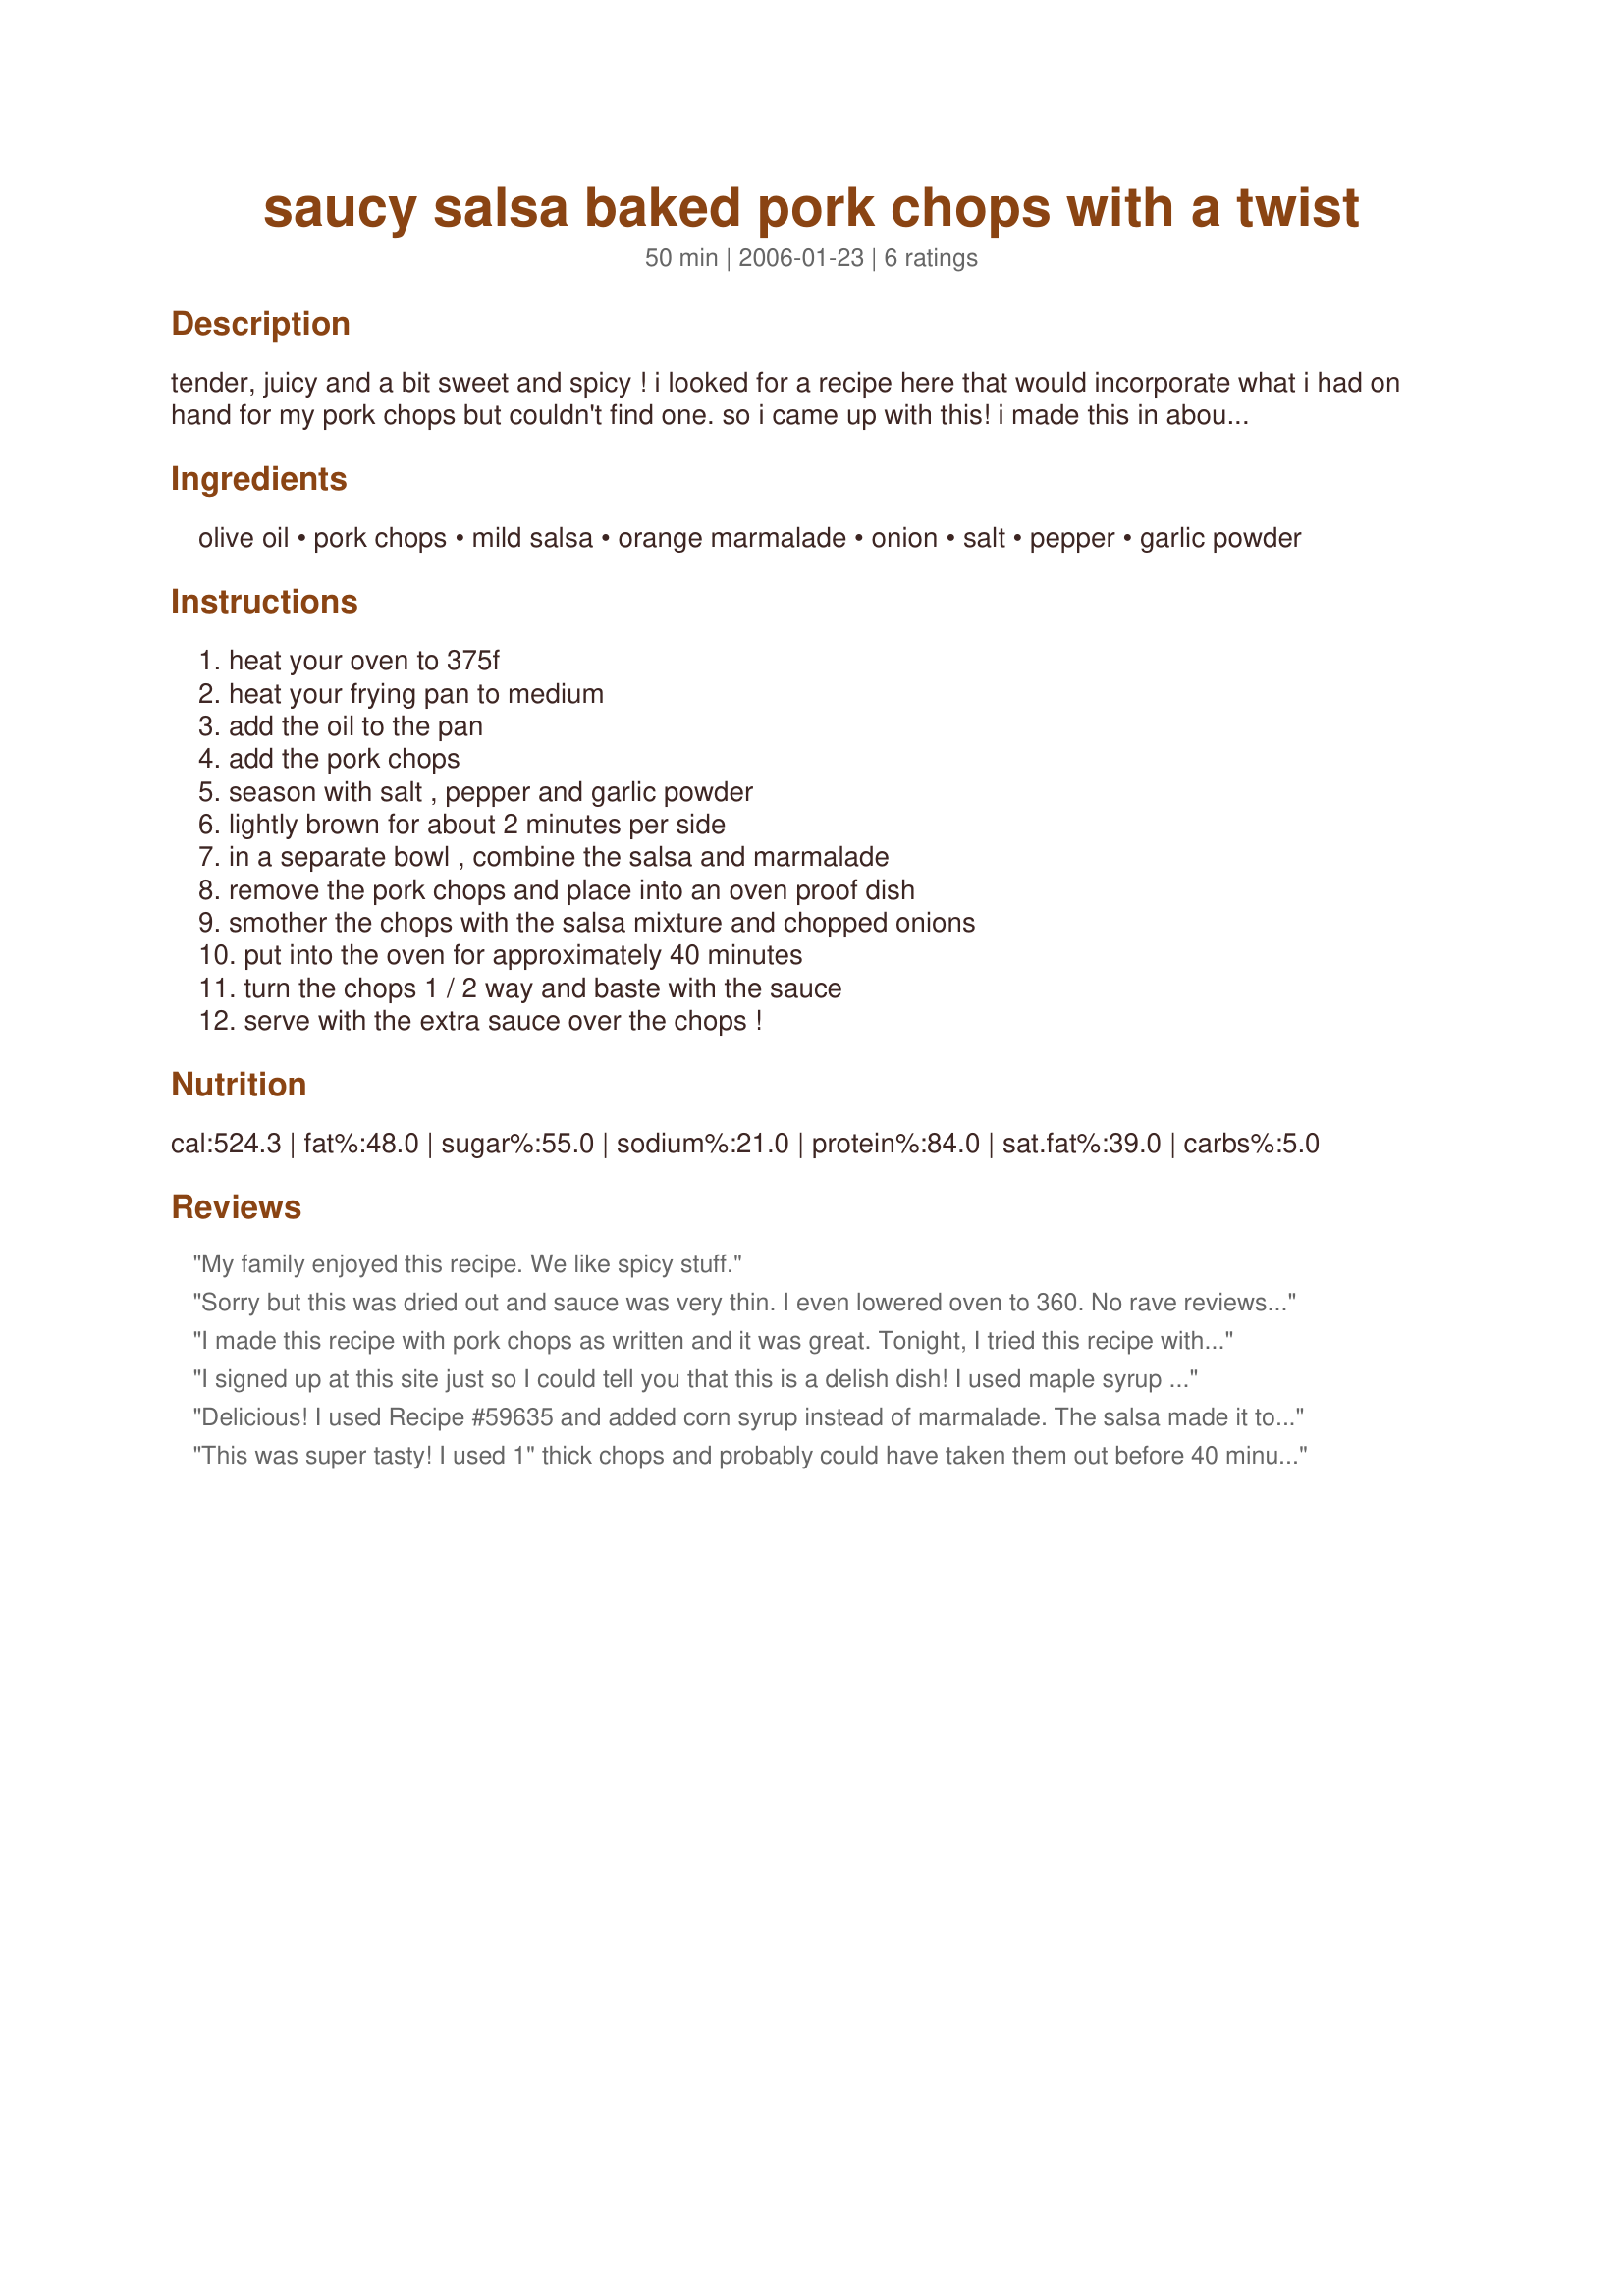
saucy salsa baked pork chops with a twist
Preparation time: 50 minutes

tender, juicy and a bit sweet and spicy ! i looked for a recipe here that would incorporate what i had on hand for my pork chops but couldn't find one. so i came up with this! i made this in about 50 minutes (including prep time) so it was as fast as it was tasty ! the marmalade is a bit different but it really did add a nice sweetness to offset the spicy salsa. hope you enjoy it as much as we did !

Ingredients:
olive oil, pork chops, mild salsa, orange marmalade, onion, salt, pepper, garlic powder

Steps:
heat your oven to 375f, heat your frying pan to medium, add the oil to the pan, add the pork chops, season with salt , pepper and garlic powder, lightly brown for about 2 minutes per side, in a separate bowl , combine the salsa and marmalade, remove the pork chops and place into an oven proof dish, smother the chops with the salsa mixture and chopped onions, put into the oven for approximately 40 minutes, turn the chops 1 / 2 way and baste with the sauce, serve with the extra sauce over the chops !

Reviews:
My family enjoyed this recipe. We like spicy stuff.
Sorry but this was dried out and sauce was very thin. I even lowered oven to 360. No rave reviews from the men.
I made this recipe with pork chops as written and it was great. Tonight, I tried this recipe with chicken and peach jam and it was delicious. I did add about 1/2 cup water so there would be more sauce, but everything else was by the recipe. Thanks for sharing!
I signed up at this site just so I could tell you that this is a delish dish! I used maple syrup in place of the marm. Chops were so juicy and tasty! Thanks!
Delicious! I used Recipe #59635 and added corn syrup instead of marmalade. The salsa made it too spicy for my son, next time I'll leave it off of his :-) They reached temperature after 30 minutes in the oven.
This was super tasty! I used 1" thick chops and probably could have taken them out before 40 minutes as they were *slightly* overcooked. I used mild salsa and peach preserves instead of orange (what I had on hand; and I have another recipe with pork, salsa and peach that is delish so I knew it would work as a sub :) ). Skipped the onion and served with leftover recipe #36346 (made with orange juice instead of lemon). Also, instead of transferring to another dish, I just added the salsa to the chops in the skillet and put the skillet in the oven (which worked perfect - but my skillet is oven safe). Made a tasty dinner! Thanks for sharing!
